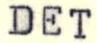
DET